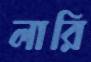
লারি